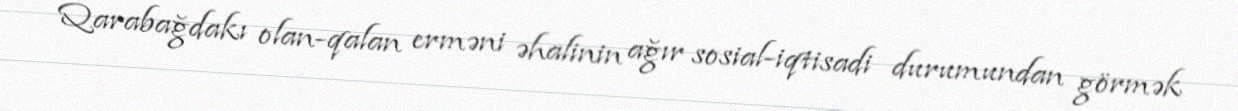
Qarabağdakı olan-qalan erməni əhalinin ağır sosial-iqtisadi durumundan görmək